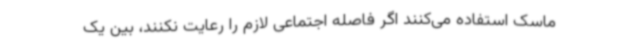
ماسک استفاده می‌کنند اگر فاصله اجتماعی لازم را رعایت نکنند، بین یک